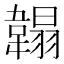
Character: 䪚